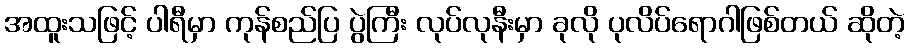
အထူးသဖြင့် ပါရီမှာ ကုန်စည်ပြ ပွဲကြီး လုပ်လုနီးမှာ ခုလို ပုလိပ်ရောဂါဖြစ်တယ် ဆိုတဲ့